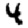
Digit: 4